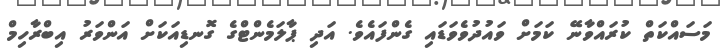
މަސައްކަތް ކުރައްވާނޭ ކަމަށް ވައުދުވެވަޑައި ގެންފައެވެ. އަދި ޕާލަމެންޓްގެ ގޮނޑިއަކަށް އަންވަރު އިބްރާހިމް